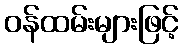
ဝန်ထမ်းများဖြင့်